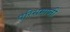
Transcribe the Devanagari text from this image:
परिसमाप्ती